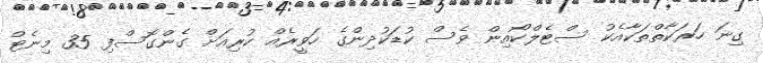
ގިނަ ހަރަކާތްތަކާއެކު ސްޓެލްކޯއިން ވެސް ކުޑަކުދިންގެ ހަވީރެއް ކުރިއަށް ގެންގޮސްފި 35 މިނެޓް